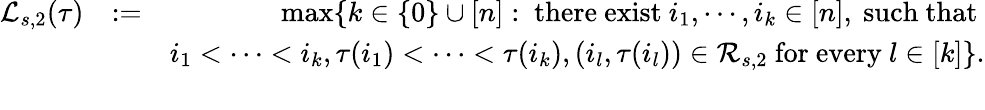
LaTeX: \begin{array}{rlr}{\mathcal{L}_{s,2}(\tau)}&{:=}&{\operatorname*{max}\{ k\in\{ 0\} \cup[n]:\mathrm{~there~exist~}i_{1},\cdots,i_{k}\in[n],\mathrm{~such~that~}}\\ &{}&{i_{1}<\cdots<i_{k},\tau(i_{1})<\cdots<\tau(i_{k}),(i_{l},\tau(i_{l}))\in\mathcal{R}_{s,2}\mathrm{~for~every~}l\in[k]\} .}\\ &{}&\end{array}